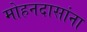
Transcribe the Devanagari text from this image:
मोहनदासांना